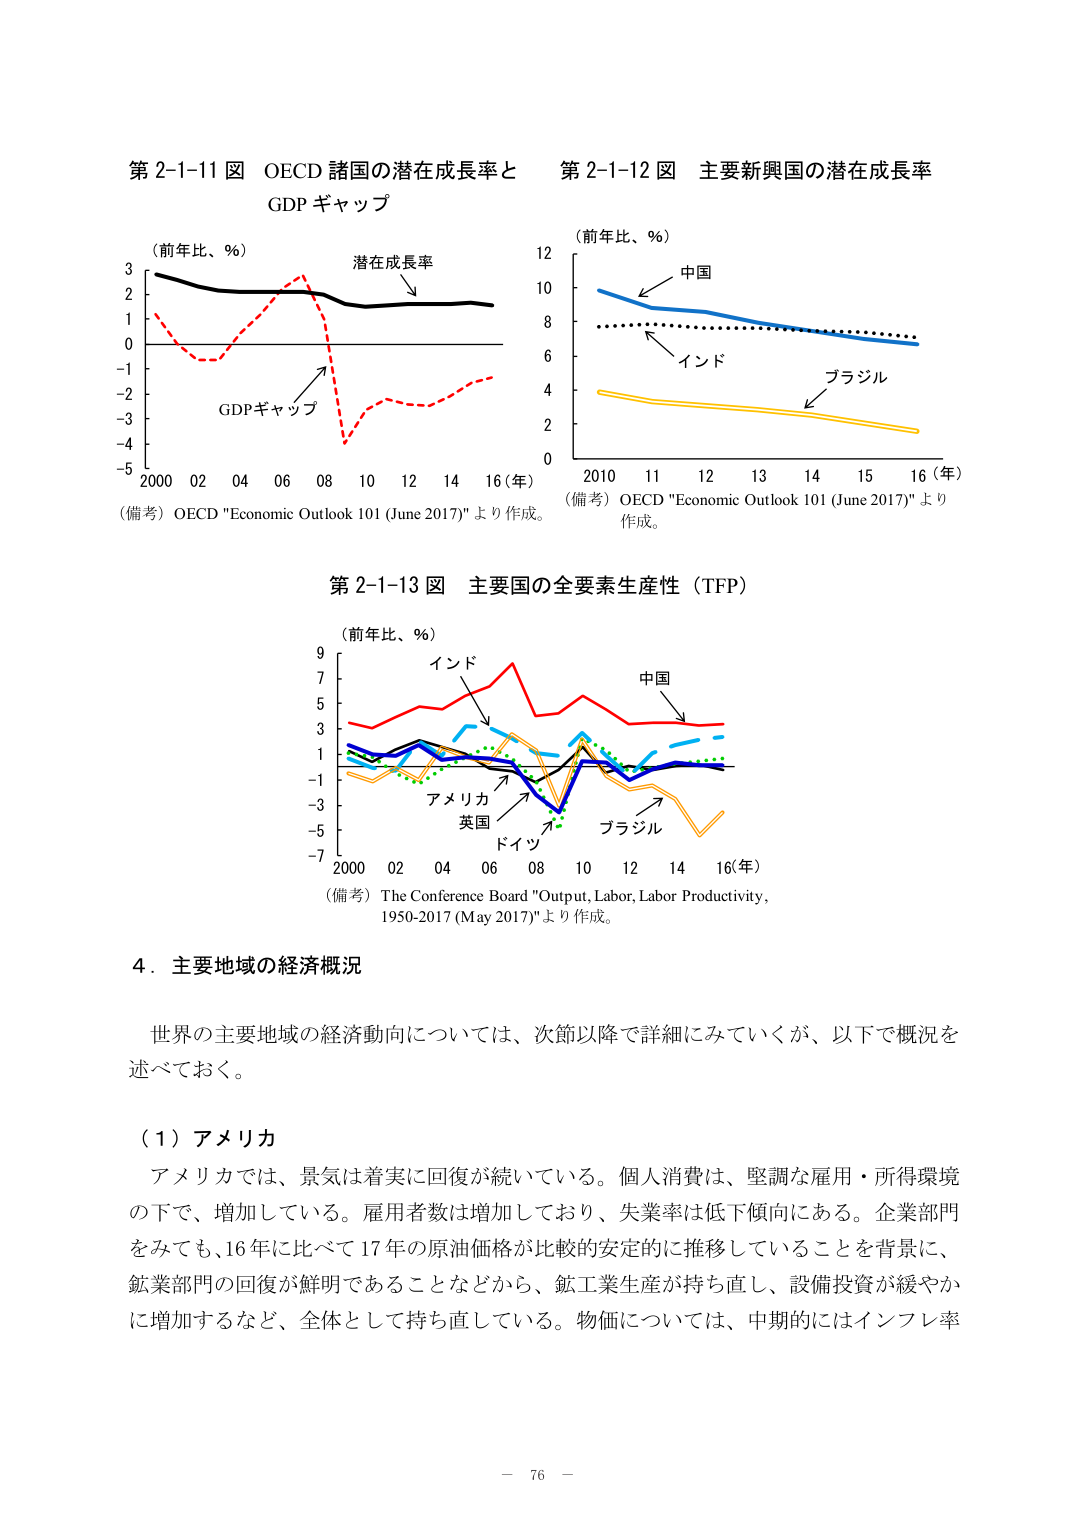
第 2-1-11 図 OECD 諸国の潜在成長率と GDP ギャップ
（前年比、％）
潜在成長率
GDPギャップ
2000 02 04 06 08 10 12 14 16（年）
（備考）OECD "Economic Outlook 101 (June 2017)" より作成。

第 2-1-12 図 主要新興国の潜在成長率
（前年比、％）
中国
インド
ブラジル
2010 11 12 13 14 15 16（年）
（備考）OECD "Economic Outlook 101 (June 2017)" より作成。

第 2-1-13 図 主要国の全要素生産性（TFP）
（前年比、％）
インド
中国
アメリカ
英国
ドイツ
ブラジル
2000 02 04 06 08 10 12 14 16（年）
（備考）The Conference Board "Output, Labor, Labor Productivity, 1950-2017 (May 2017)" より作成。

4．主要地域の経済概況
世界の主要地域の経済動向については、次節以降で詳細にみていくが、以下で概況を述べておく。

（1）アメリカ
アメリカでは、景気は着実に回復が続いている。個人消費は、堅調な雇用・所得環境の下で、増加している。雇用者数は増加しており、失業率は低下傾向にある。企業部門をみても、16年に比べて17年の原油価格が比較的安定的に推移していることを背景に、鉱業部門の回復が鮮明であることなどから、鉱工業生産が持ち直し、設備投資が緩やかに増加するなど、全体として持ち直している。物価については、中期的にはインフレ率

－ 76 －